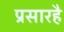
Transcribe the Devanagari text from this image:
प्रसारहै